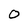
Character: 0